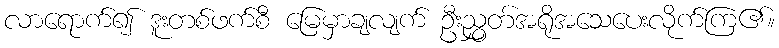
လာရောက်၍ ဒူးတစ်ဖက်စီ မြေမှာချလျက် ဦးညွှတ်အရိုအသေပေးလိုက်ကြ၏။